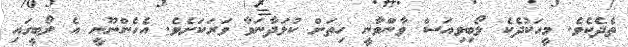
ތެދެކެވެ. މީހަކުދެކެ ލޯބިވިއަސް ވާންވާނީ ހިތަށް ކުޅަދާނަވާ ވަރަކަށެވެ. އެހެންނޫނީ އެ ލޯބީގައި